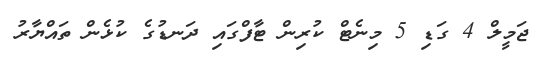
ޖަމީލް 4 ގަޑި 5 މިނެޓް ކުރިން ޓާފްގައި ދަނޑުގެ ކުޅެން ތައްޔާރު